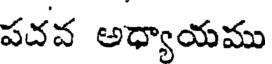
పదవ అధ్యాయము